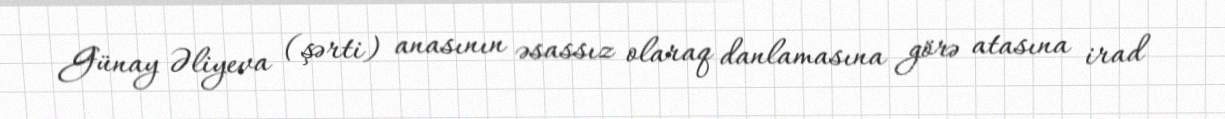
Günay Əliyeva (şərti) anasının əsassız olaraq danlamasına görə atasına irad